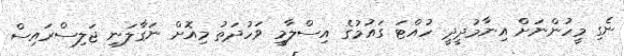
ނެގި މީހުންނަށް އިނާމުދީދީ ހުއްޓަ ގައުމުގެ އިސްލާމީ ވަހުދަތު މިއޮށް ނަގާލަނި ޖަލިސްރައިސް